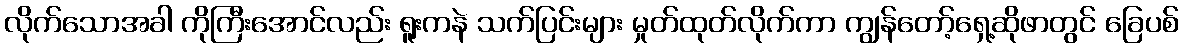
လိုက်သောအခါ ကိုကြီးအောင်လည်း ရူးကနဲ သက်ပြင်းများ မှုတ်ထုတ်လိုက်ကာ ကျွန်တော့်ရှေ့ဆိုဖာတွင် ခြေပစ်